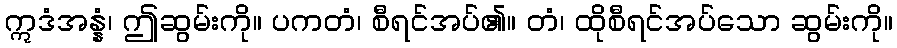
ဣဒံအန္နံ၊ ဤဆွမ်းကို။ ပကတံ၊ စီရင်အပ်၏။ တံ၊ ထိုစီရင်အပ်သော ဆွမ်းကို။